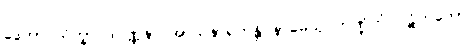
ဒွေဘာဂသိက္ခာပဒဝဏ္ဏနာ အာသနာရဟန္တိ နာမေသု ဘဏ္ဍိကံ ပဋိဟတော